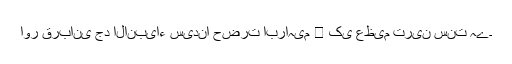
اور قربانی جد الانبیاء سیدنا حضرت ابراہیم ﷤ کی عظیم ترین سنت ہے۔